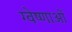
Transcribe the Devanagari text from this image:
ग्वेष्णाओं